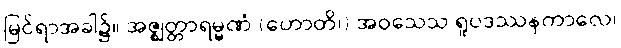
မြင်ရာအခါ၌။ အဇ္ဈတ္တာရမ္မဏံ (ဟောတိ၊) အဝသေသ ရူပဒဿနကာလေ၊